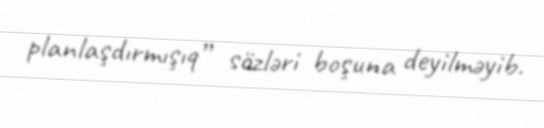
planlaşdırmışıq” sözləri boşuna deyilməyib.